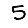
Digit: 5